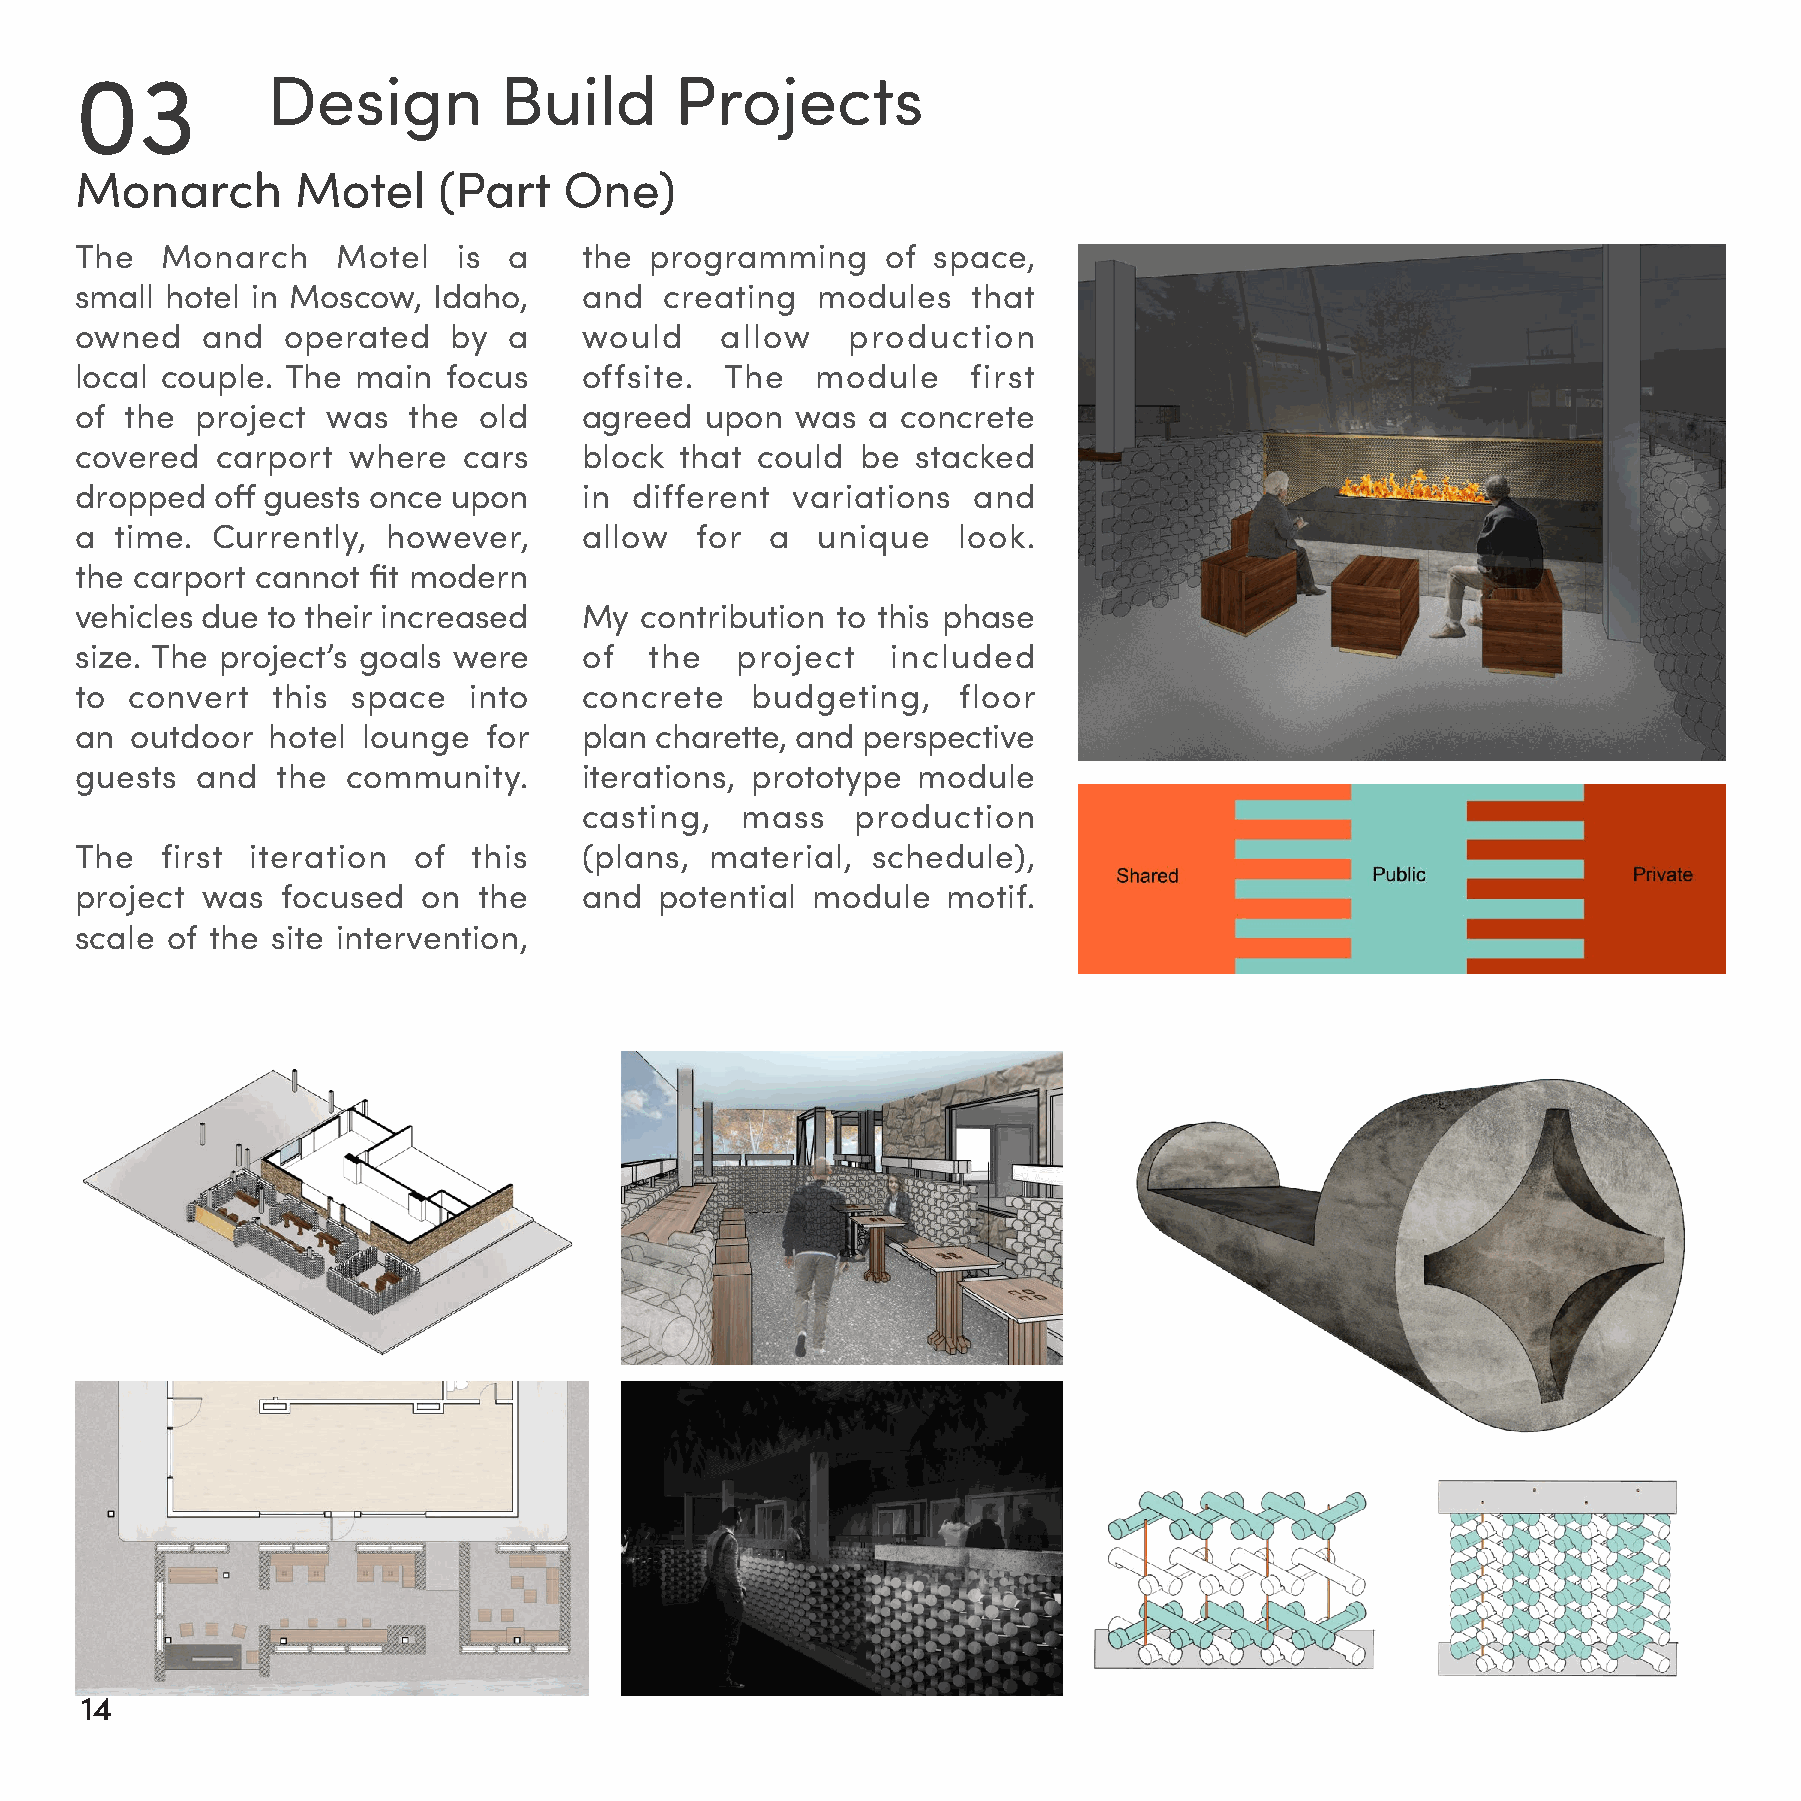
03           Design         Build       Projects
 Monarch        Motel    (Part   One)
 The   Monarch    Motel   is  a   the  programming     of space,
 small hotel in Moscow,  Idaho,   and   creating  modules   that
 owned   and   operated   by  a   would     allow   production
 local couple. The  main  focus   offsite.  The   module    first
 of the  project  was  the  old   agreed   upon  was  a concrete
 covered  carport  where   cars   block  that could  be  stacked
 dropped  off guests once upon    in  different variations  and
 a  time. Currently,  however,    allow   for  a  unique   look.
 the carport cannot fit modern
 vehicles due to their increased  My  contribution to this phase
 size. The project’s goals were   of   the   project   included
 to  convert  this space   into   concrete    budgeting,   floor
 an  outdoor  hotel lounge  for   plan charette, and perspective
 guests  and  the  community.     iterations, prototype  module
 casting,   mass    production
 The   first iteration of  this   (plans,  material,  schedule),
 project was   focused  on  the   and   potential module   motif.
 scale of the site intervention,
 14                                                                                                                                                                                                                                15